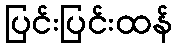
ပြင်းပြင်းထန်